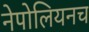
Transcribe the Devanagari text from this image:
नेपोलियनच